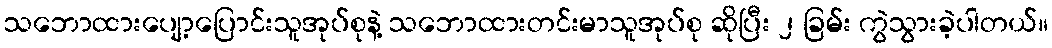
သဘောထားပျော့ပြောင်းသူအုပ်စုနဲ့ သဘောထားတင်းမာသူအုပ်စု ဆိုပြီး ၂ ခြမ်း ကွဲသွားခဲ့ပါတယ်။